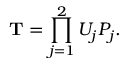
\mathbf { T } = \prod _ { j = 1 } ^ { 2 } U _ { j } P _ { j } .